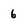
Character: 6